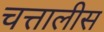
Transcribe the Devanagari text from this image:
चत्तालीस